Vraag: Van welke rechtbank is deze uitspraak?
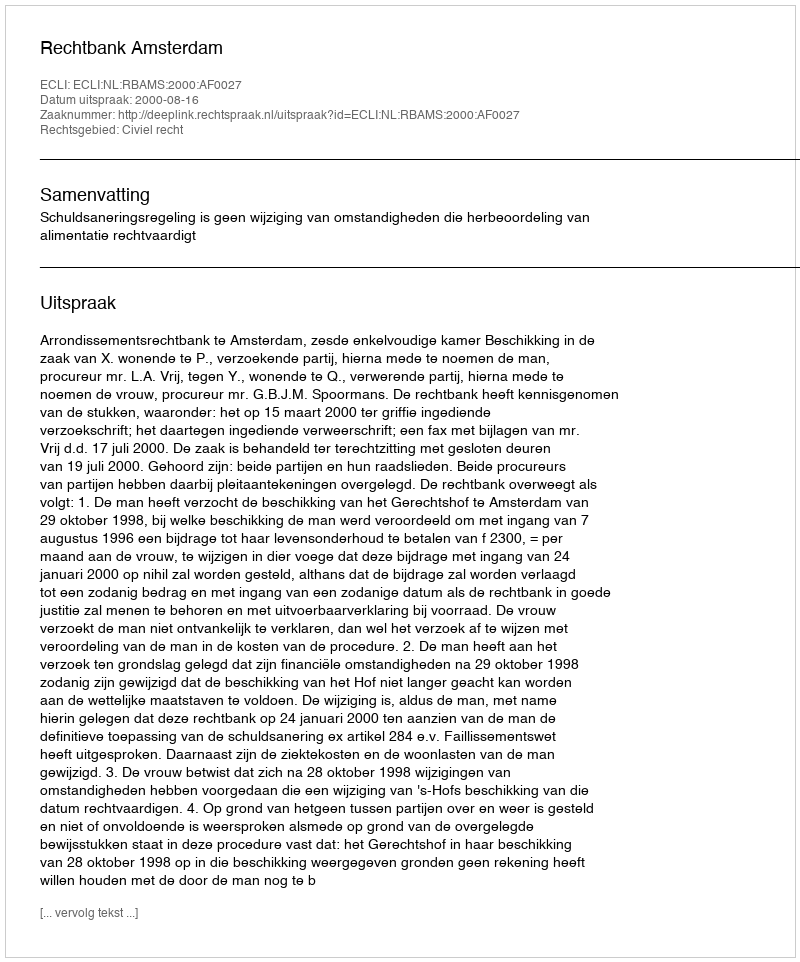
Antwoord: Rechtbank Amsterdam